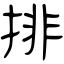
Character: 排